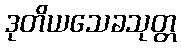
ဒုတိယသေခသုတ္တ